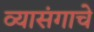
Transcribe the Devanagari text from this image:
व्यासंगाचे